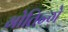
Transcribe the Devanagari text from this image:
गोतिन्गे